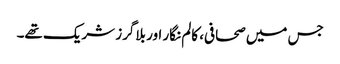
جس میں صحافی، کالم نگار اور بلاگرز شریک تھے۔